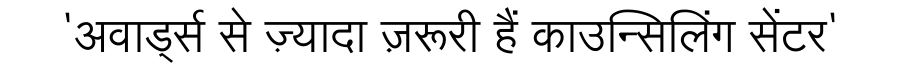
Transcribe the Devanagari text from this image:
'अवार्ड्स से ज़्यादा ज़रूरी हैं काउन्सिलिंग सेंटर'